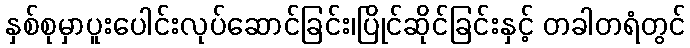
နှစ်စုမှာပူးပေါင်းလုပ်ဆောင်ခြင်း၊ပြိုင်ဆိုင်ခြင်းနှင့် တခါတရံတွင်